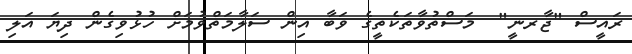
ރައީސް "ޖާރނީ"  މަސްތުވާތަކެތީގެ ވަބާ އިން ސަލާމަތްވުމަށް ހުޅުވިގެން ދިޔަ އަލި